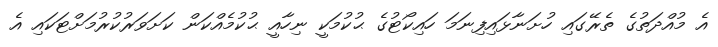
އެ މުއްދަތުގެ ތެރޭގައި ހުށަނާޅައިފިނަމަ ހައިކޯޓުގެ ޙުކުމަކީ ނިހާއީ ޙުކުމެއްކަން ކަށަވަރުކުރުމަށްޓަކައި އެ